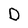
Character: D